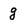
Character: g